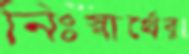
নিঃস্বার্থের